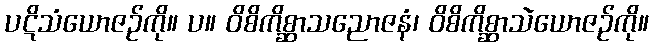
ပဋိသံယောဇဉ်ကို။ ပ။ ဝိစိကိစ္ဆာသညောဇနံ၊ ဝိစိကိစ္ဆာသဲယောဇဉ်ကို။